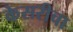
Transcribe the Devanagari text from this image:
केसरीचा